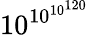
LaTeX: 10^{10^{10^{120}}}